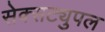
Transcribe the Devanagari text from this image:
सेक्सट्युपल